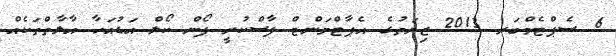
6 ސެޕްޓެމްބަރ 2013 ޒިޔަތުގެ އެޕާޓްމަންޓް ފާސްކުރީ ފޯން ކޯލް އަޑުއަހާ އާލާތްތަކެއް